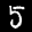
Label: 5